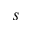
s